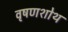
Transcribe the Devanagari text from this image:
वृषणशोथ